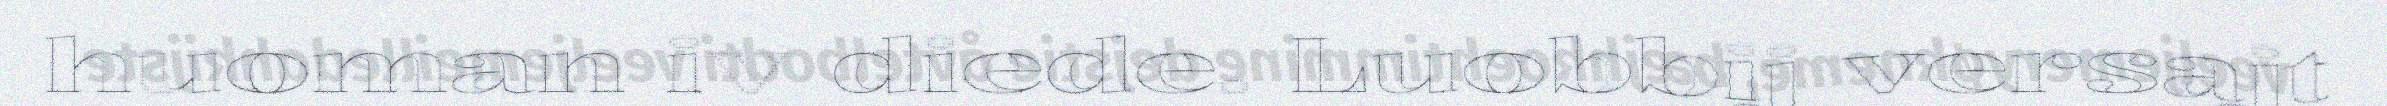
huoman iv diede. Luobbij versajt